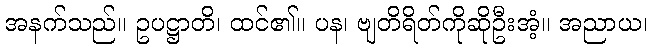
အနက်သည်။ ဥပဋ္ဌာတိ၊ ထင်၏။ ပန၊ ဗျတိရိတ်ကိုဆိုဦးအံ့။ အညာယ၊